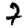
Digit: 7